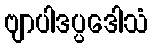
ဗျာပါဒပ္ပဒေါသံ